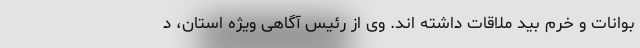
بوانات و خرم بید ملاقات داشته اند. وی از رئیس آگاهی ویژه استان، د